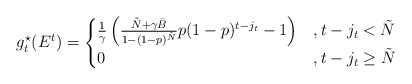
\begin{align*}g_t^\star(E^t)=\begin{cases}\frac{1}{\gamma}\left(\frac{\tilde{N}+\gamma\bar{B}}{1-(1-p)^{\tilde{N}}}p(1-p)^{t-j_t}-1\right)&,t-j_t<\tilde{N}\\0&,t-j_t\geq\tilde{N}\end{cases}\end{align*}